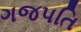
ગજપતિ